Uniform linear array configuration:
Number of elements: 8
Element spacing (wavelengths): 1
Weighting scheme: exponential
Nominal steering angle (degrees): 45
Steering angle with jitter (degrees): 43.816
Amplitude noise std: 0.05
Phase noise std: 0.05

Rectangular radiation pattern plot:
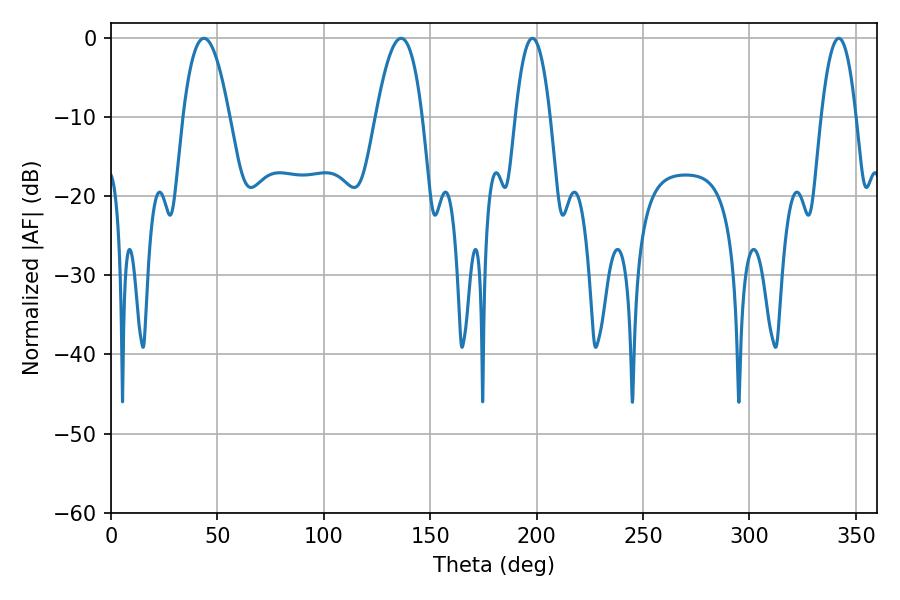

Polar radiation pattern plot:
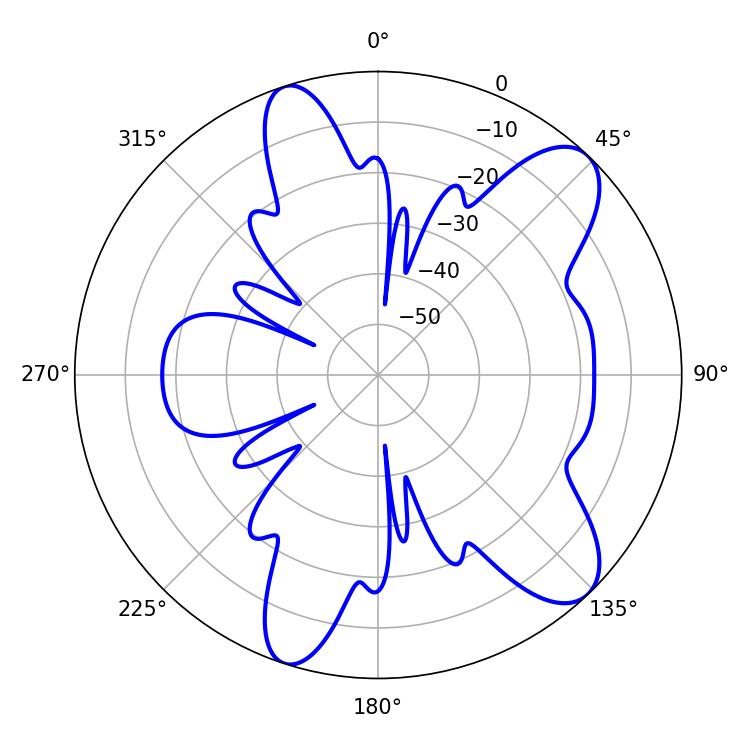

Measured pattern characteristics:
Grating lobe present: TRUE
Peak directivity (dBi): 9.68
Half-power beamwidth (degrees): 9
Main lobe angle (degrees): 342